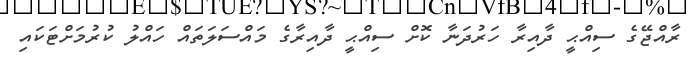
ރާއްޖޭގެ ސިއްޙީ ދާއިރާ ހަރުދަނާ ކޮށް ސިއްޙީ ދާއިރާގެ މައްސަލަތައް ހައްލު ކުރުމަށްޓަކައި